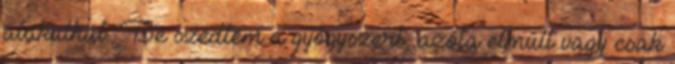
alakulhat. Be szedtem a gyógyszert, azóta elmúlt vagy csak